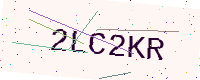
Text: 2LC2KR